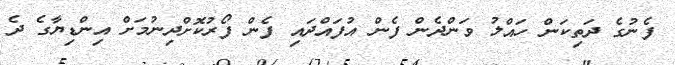
ފެނުގެ ދަތިކަން ހައްލު ވަންދެން ފެން އުފައްދައި ފެން ފޯރުކޮށްދިނުމަށް އިންޑިޔާގެ ދެ